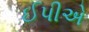
ઈપીએ